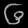
Digit: ၆